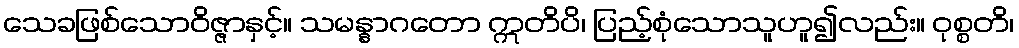
သေခဖြစ်သောဝိဇ္ဇာနှင့်။ သမန္နာဂတော ဣတိပိ၊ ပြည့်စုံသောသူဟူ၍လည်း။ ဝုစ္စတိ၊